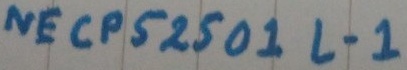
Text: NECPS250 1L